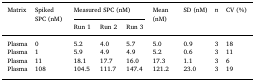
| <ROWSPAN=2> Matrix | <ROWSPAN=2> Spiked SPC (nM) | <COLSPAN=3> Measured SPC (nM) | <ROWSPAN=2> Mean (nM) | <ROWSPAN=2> SD (nM) | <ROWSPAN=2> n | <ROWSPAN=2> CV (%) |
 | Run 1 | Run 2 | Run 3 |
 | --- | --- | --- | --- | --- | --- | --- | --- | --- |
 | Plasma | 0 | 5.2 | 4.0 | 5.7 | 5.0 | 0.9 | 3 | 18 |
 | Plasma | 1 | 5.9 | 4.9 | 4.9 | 5.2 | 0.6 | 3 | 11 |
 | Plasma | 11 | 18.1 | 17.7 | 16.0 | 17.3 | 1.1 | 3 | 6 |
 | Plasma | 108 | 104.5 | 111.7 | 147.4 | 121.2 | 23.0 | 3 | 19 |